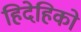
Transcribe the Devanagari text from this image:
हिदेहिको